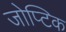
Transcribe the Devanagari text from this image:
जोप्टिक